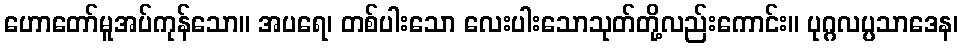
ဟောတော်မူအပ်ကုန်သော။ အပရေ၊ တစ်ပါးသော လေးပါးသောသုတ်တို့လည်းကောင်း။ ပုဂ္ဂလပ္ပသာဒေန၊